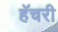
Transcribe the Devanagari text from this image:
हॅचरी